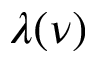
\lambda ( \nu )